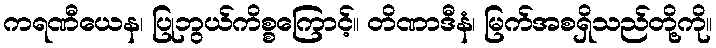
ကရဏီယေန၊ ပြုဘွယ်ကိစ္စကြောင့်။ တိဏာဒီနံ၊ မြက်အစရှိသည်တို့ကို။